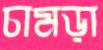
চামড়া